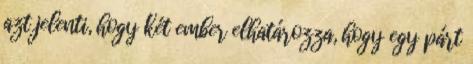
azt jelenti, hogy két ember elhatározza, hogy egy párt